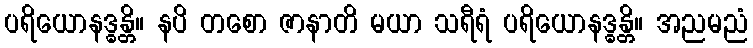
ပရိယောနဒ္ဓန္တိ။ နပိ တစော ဇာနာတိ မယာ သရီရံ ပရိယောနဒ္ဓန္တိ။ အညမညံ